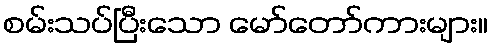
စမ်းသပ်ပြီးသော မော်တော်ကားများ။